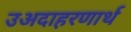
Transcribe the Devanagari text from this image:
उअदाहरणार्थ